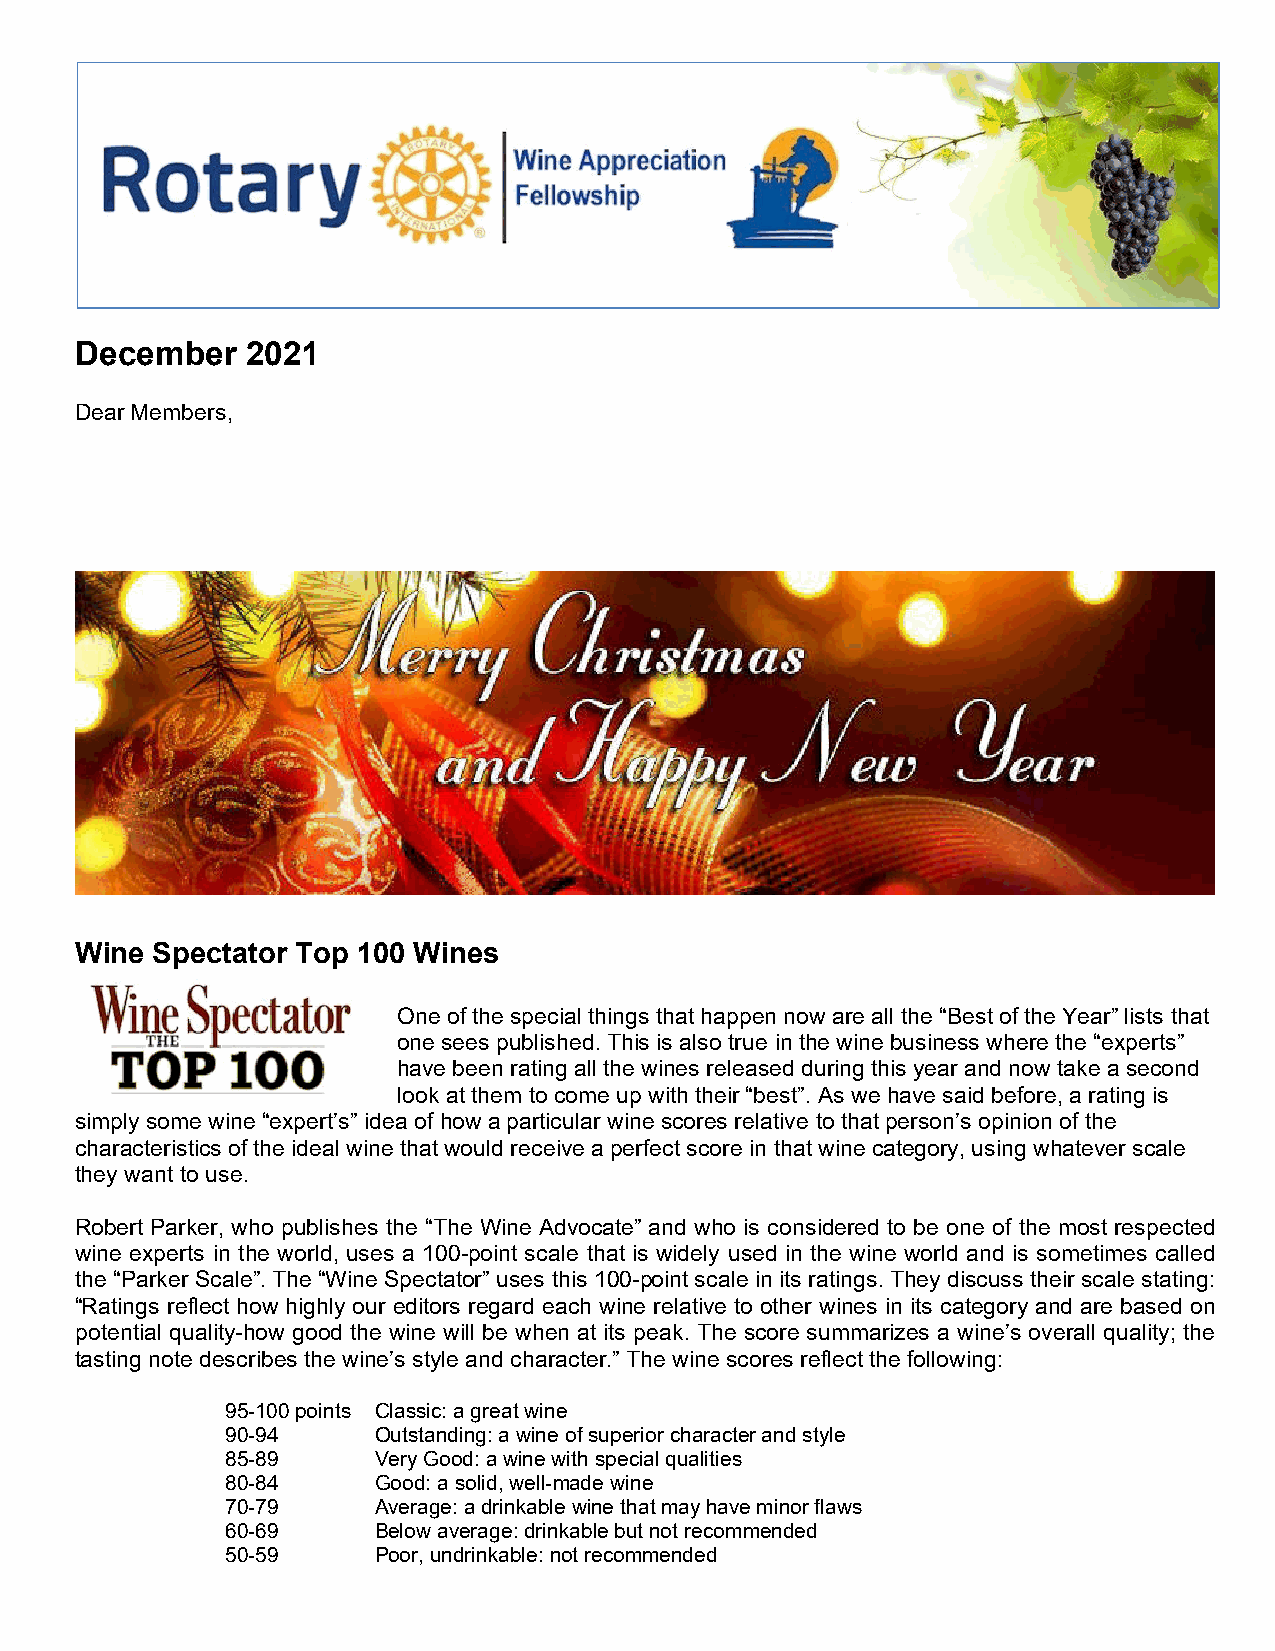
December   2021
 Dear Members,
 Wine Spectator Top 100 Wines
 One of the special things that happen now are all the “Best of the Year” lists that
 one sees published. This is also true in the wine business where the “experts”
 have been rating all the wines released during this year and now take a second
 look at them to come up with their “best”. As we have said before, a rating is
 simply some wine “expert’s” idea of how a particular wine scores relative to that person’s opinion of the
 characteristics of the ideal wine that would receive a perfect score in that wine category, using whatever scale
 they want to use.
 Robert Parker, who publishes the “The Wine Advocate” and who is considered to be one of the most respected
 wine experts in the world, uses a 100-point scale that is widely used in the wine world and is sometimes called
 the “Parker Scale”. The “Wine Spectator” uses this 100-point scale in its ratings. They discuss their scale stating:
 “Ratings reflect how highly our editors regard each wine relative to other wines in its category and are based on
 potential quality-how good the wine will be when at its peak. The score summarizes a wine’s overall quality; the
 tasting note describes the wine’s style and character.” The wine scores reflect the following:
 95-100 points Classic: a great wine
 90-94     Outstanding: a wine of superior character and style
 85-89     Very Good: a wine with special qualities
 80-84     Good: a solid, well-made wine
 70-79     Average: a drinkable wine that may have minor flaws
 60-69     Below average: drinkable but not recommended
 50-59     Poor, undrinkable: not recommended